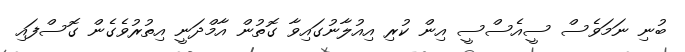
ބުނި ނަމަވެސް ސީއެސްސީ އިން ކުރި އިއުލާނުގައިވާ ގޮތުން އާމްދަނީ އިތުރުވެގެން ގޮސްފައި